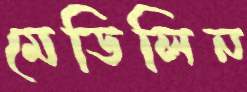
মেডিলিন